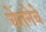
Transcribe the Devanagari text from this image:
चेतनेचे